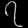
Digit: ၇